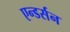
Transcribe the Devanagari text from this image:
एन्डर्सन